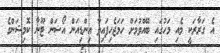
އެ ގަރާރަކީ މެއި މަހުގައި ބޭއްވުމަށް ހަމަޖެހިފައިވާ އިންޑިއަން އޯޝަން ޓޫނާ ކޮމިޝަންގެ